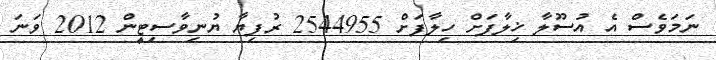
ނަމަވެސް އެ އުސޫލާ ޚިލާފަށް ހިލާފަށް 2544955 ރުފިޔާ ޔުނިވާސިޓީން 2012 ވަނަ